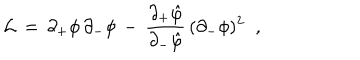
LaTeX: { \cal L } \, = \, \partial _ { + } \phi \, \partial _ { - } \phi \, - \, { \frac { \partial _ { + } \hat { \varphi } } { \partial _ { - } \hat { \varphi } } } \, ( \partial _ { - } \phi ) ^ { 2 } \; \; ,